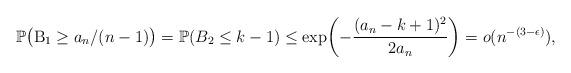
LaTeX: \begin{align*}\mathbb{P}\bigl(\mathrm{B}_1 \geq a_n/(n-1)\bigr) = \mathbb{P}(B_2 \leq k-1) \leq \exp\biggl(-\frac{(a_n-k+1)^2}{2a_n}\biggr) = o( n^{-(3- \epsilon)} ),\end{align*}